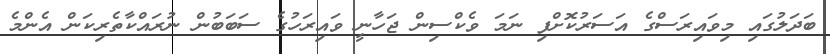
ބަދަލުގައި މިވައިރަސްގެ އަސަރުކޮށްފި ނަމަ ވެކްސިން ޖަހާނީ ވައިރަހުގެ ސަބަބުން ނުރައްކާތެރިކަން އެންމެ